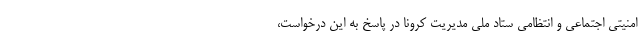
امنیتی اجتماعی و انتظامی ستاد ملی مدیریت کرونا در پاسخ به این درخواست،